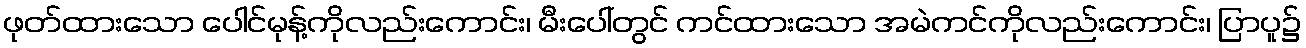
ဖုတ်ထားသော ပေါင်မုန့်ကိုလည်းကောင်း၊ မီးပေါ်တွင် ကင်ထားသော အမဲကင်ကိုလည်းကောင်း၊ ပြာပူ၌